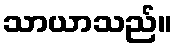
သာယာသည်။